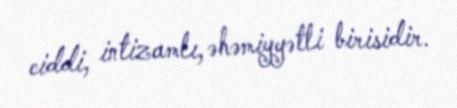
ciddi, intizamlı, əhəmiyyətli birisidir.